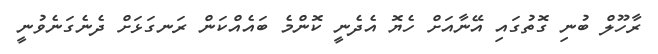
ރާހޫލް ބުނި ގޮތުގައި އޭނާއަށް ހެޔޮ އެދެނީ ކޮންމެ ބައެއްކަން ރަނގަޅަށް ދެނެގަނެވުނީ